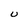
Character: U